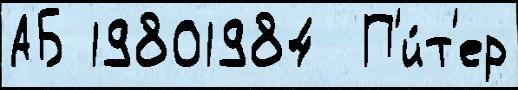
АБ 19801984  П'и́т'ер